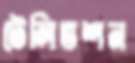
টেলিভশন